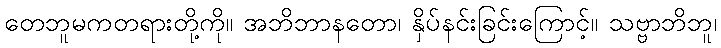
တေဘူမကတရားတို့ကို။ အဘိဘာနတော၊ နှိပ်နင်းခြင်းကြောင့်။ သဗ္ဗာဘိဘူ၊